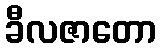
ခီလဇာတော